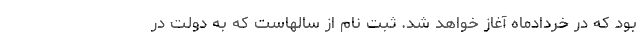
بود که در خردادماه آغاز خواهد شد. ثبت نام از سالهاست که به دولت در